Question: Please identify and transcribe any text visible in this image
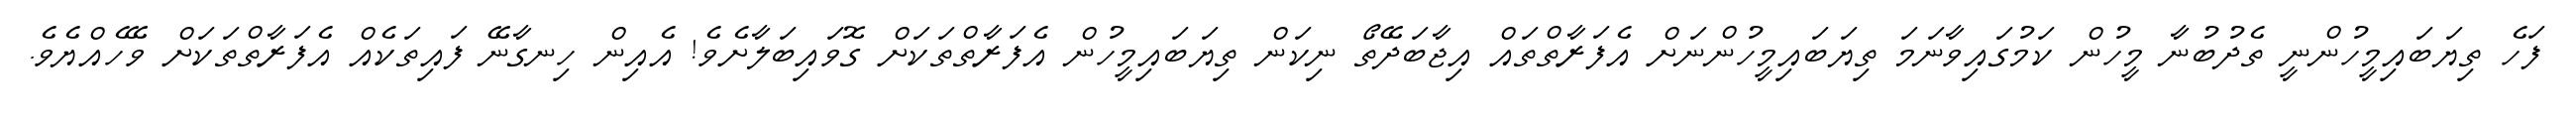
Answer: ފަހެ ތިޔަބައިމީހުންނީ ތެދުބުނާ މީހުން ކަމުގައިވާނަމަ ތިޔަބައިމީހުންނަށް އެފަރާތްތައް އިޖާބަދޭތޯ ނިކަން ތިޔަބައިމީހުން އެފަރާތްތަކަށް ގޮވައިބަލާށެވެ! އެއިން ހިނގާނޭ ފައިތަކެއް އެފަރާތްތަކަށް ވޭހެއްޔެވެ.